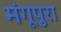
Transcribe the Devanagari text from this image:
मंगूपुरा